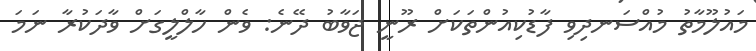
މައުލޫމާތު މުއްސަނދިވި ފާޑުކިއުންތަކަށް ރޫނީ ޖަވާބު ދޭނެ: ވެން ހާލްލީގަށް ވާދަކުރާ ނަމަ